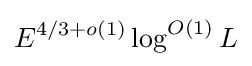
E^{4/3+o(1)}\log ^{O(1)}L